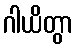
ဂါယိတွာ